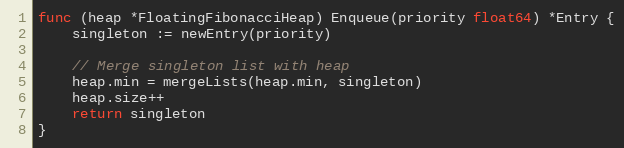
Language: Go
func (heap *FloatingFibonacciHeap) Enqueue(priority float64) *Entry {
	singleton := newEntry(priority)

	// Merge singleton list with heap
	heap.min = mergeLists(heap.min, singleton)
	heap.size++
	return singleton
}